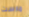
مارست